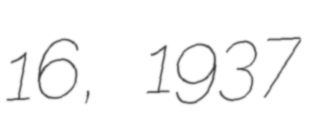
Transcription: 16, 1937